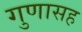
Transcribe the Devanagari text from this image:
गुणासह